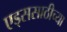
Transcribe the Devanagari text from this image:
एड्ससाठीच्या